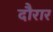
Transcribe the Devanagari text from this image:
दौरार